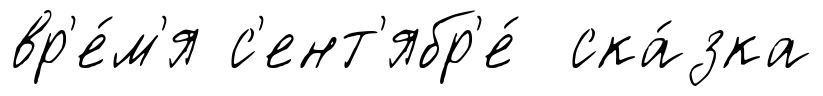
вр'е́м'я с'ент'ябр'е́ ска́зка